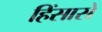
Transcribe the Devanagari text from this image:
हिंसासे